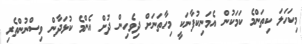
މިކަހަލަ ކިތަންމެ ކަމަކުން އެމަނިކުފާނަކީ މިހާތަނަށް ދިވެހިން ދުށް އެންމެ ކުޅަދާން ވިސްނުންތެރި